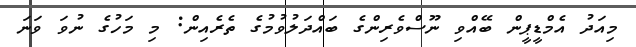
މިއަދު އެމްޑީޕީން ބޭއްވި ނޫސްވެރިންގެ ބައްދަލުވުމުގެ ތެރެއިން: މި މަހުގެ ނުވަ ވަނަ